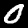
Digit: 0